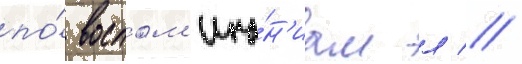
по́ воспом'ина́н'иам л //